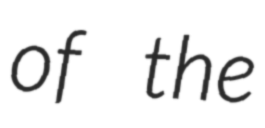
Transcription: of the